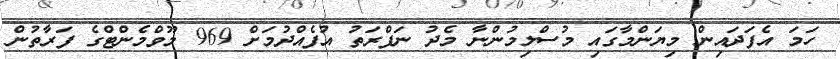
ހަމަ އެފަދައިން މިޔަންމާގައި މުސްލިމުންނާ މެދު ނަފްރަތު އުފެއްދުމަށް 969 މޫވްމެންޓްގެ ފަރާތުން